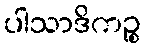
ပါသာဒိကဉ္စ